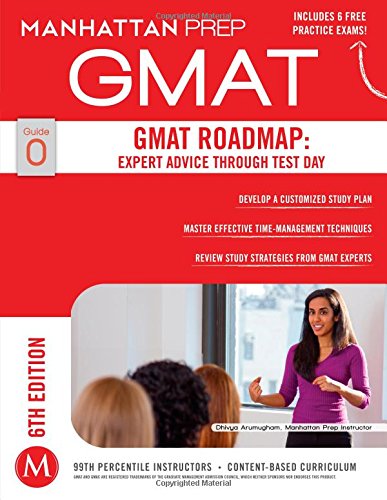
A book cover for GMAT Roadmap: Expert Advice Through Test Day (Manhattan Prep GMAT Strategy Guides); Manhattan Prep; Test Preparation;